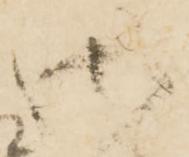
御